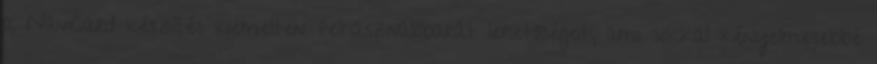
a NaviCard készítés kiemelten felhasználóbarát lehetőségeit, ami sokkal kényelmesebbé